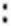
: